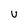
Character: U